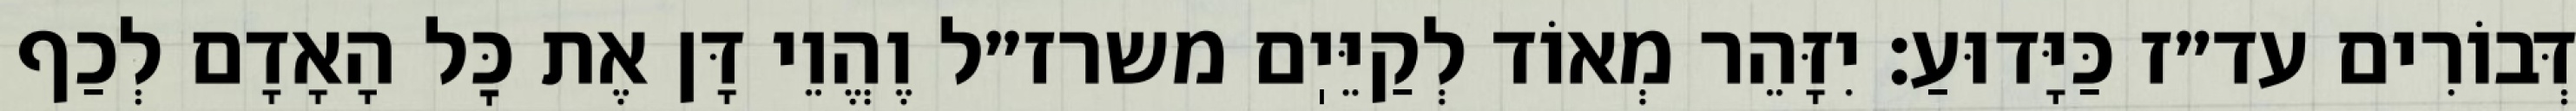
דְּבוֹרִים עד״ז כַּיָּדוּעַ: יִזָּהֵר מְאוֹד לְקַיֵּיֽם משרז״ל וֶהֱוֵי דָּן אֶת כׇּל הָאָדָם לְכַף